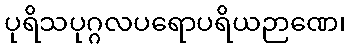
ပုရိသပုဂ္ဂလပရောပရိယဉာဏေ၊